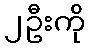
၂ဦးကို